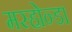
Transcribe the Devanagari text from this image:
मस्होन्डा